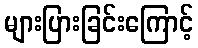
များပြားခြင်းကြောင့်